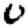
Digit: 0